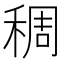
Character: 稠